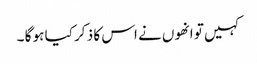
کہیں تو انھوں نے اس کا ذ کر کیا ہو گا ۔